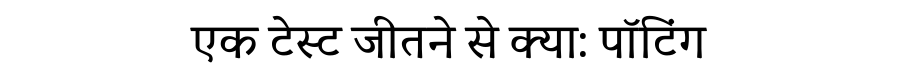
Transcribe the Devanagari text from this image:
एक टेस्ट जीतने से क्या: पॉटिंग